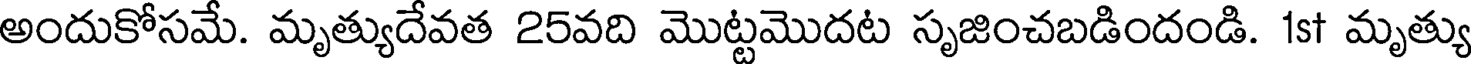
అందుకోసమే. మృత్యుదేవత 25వది మొట్టమొదట సృజించబడిందండి. 1st మృత్యు